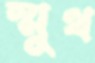
স্মুথ